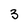
Character: 3